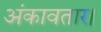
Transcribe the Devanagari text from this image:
अंकावतार।